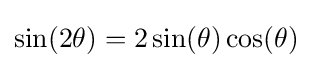
\sin(2\theta )=2\sin(\theta )\cos(\theta )